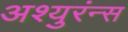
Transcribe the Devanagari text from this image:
अश्युरंन्स